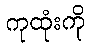
ကုထုံးကို